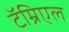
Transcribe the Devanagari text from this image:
टॅम्रिएल